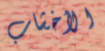
الأخشاب